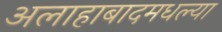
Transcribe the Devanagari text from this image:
अलाहाबादमधल्या